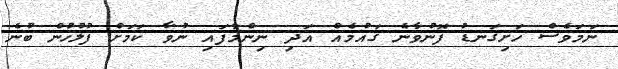
ނަމަވެސް ހަށިގަނޑު ފޮނުވާނެ ގައުމެއް އަދި ނިންމާފައި ނުވާ ކަމަށް ފުލުހުން ބުނެ